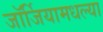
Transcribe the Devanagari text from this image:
जॉर्जियामधल्या